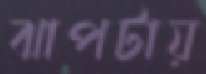
ঝাপটায়